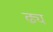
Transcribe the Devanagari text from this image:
ढ्य